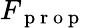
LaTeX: F_{\mathrm{~p~r~o~p~}}